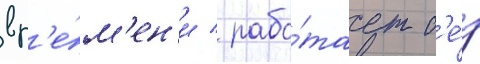
вр'е́м'ен'и / рабо́тает б'е́з